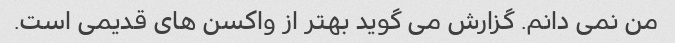
من نمی دانم. گزارش می گوید بهتر از واکسن های قدیمی است.